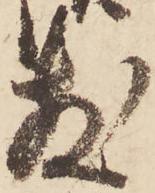
敷